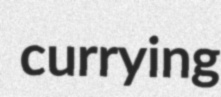
currying